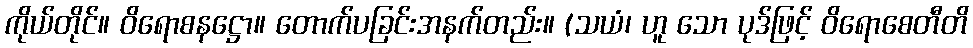
ကိုယ်တိုင်။ ဝိရောစနဋ္ဌော။ တောက်ပခြင်းအနက်တည်း။ (သယံ၊ ဟူ သော ပုဒ်ဖြင့် ဝိရောစေတီတိ